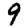
Digit: 9